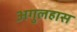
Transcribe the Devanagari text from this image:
अगुलहास